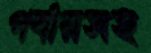
পর্যায়সহ